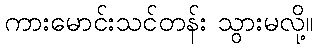
ကားမောင်းသင်တန်း သွားမလို့။